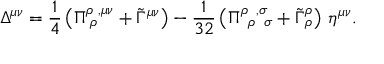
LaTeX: \Delta ^ { \mu \nu } = \frac 1 4 \left( \Pi _ { \; \rho } ^ { \rho \; , \mu \nu } + \tilde { \Gamma } ^ { \mu \nu } \right) - { \frac 1 { 3 2 } } \left( \Pi _ { \; \; \rho \; \; \sigma } ^ { \rho \; \; , \sigma } + \tilde { \Gamma } _ { \; \rho } ^ { \rho } \right) \, \eta ^ { \mu \nu } .